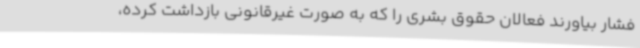
فشار بیاورند فعالان حقوق بشری را که به صورت غیرقانونی بازداشت کرده،